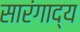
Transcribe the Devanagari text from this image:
सारंगाद्य